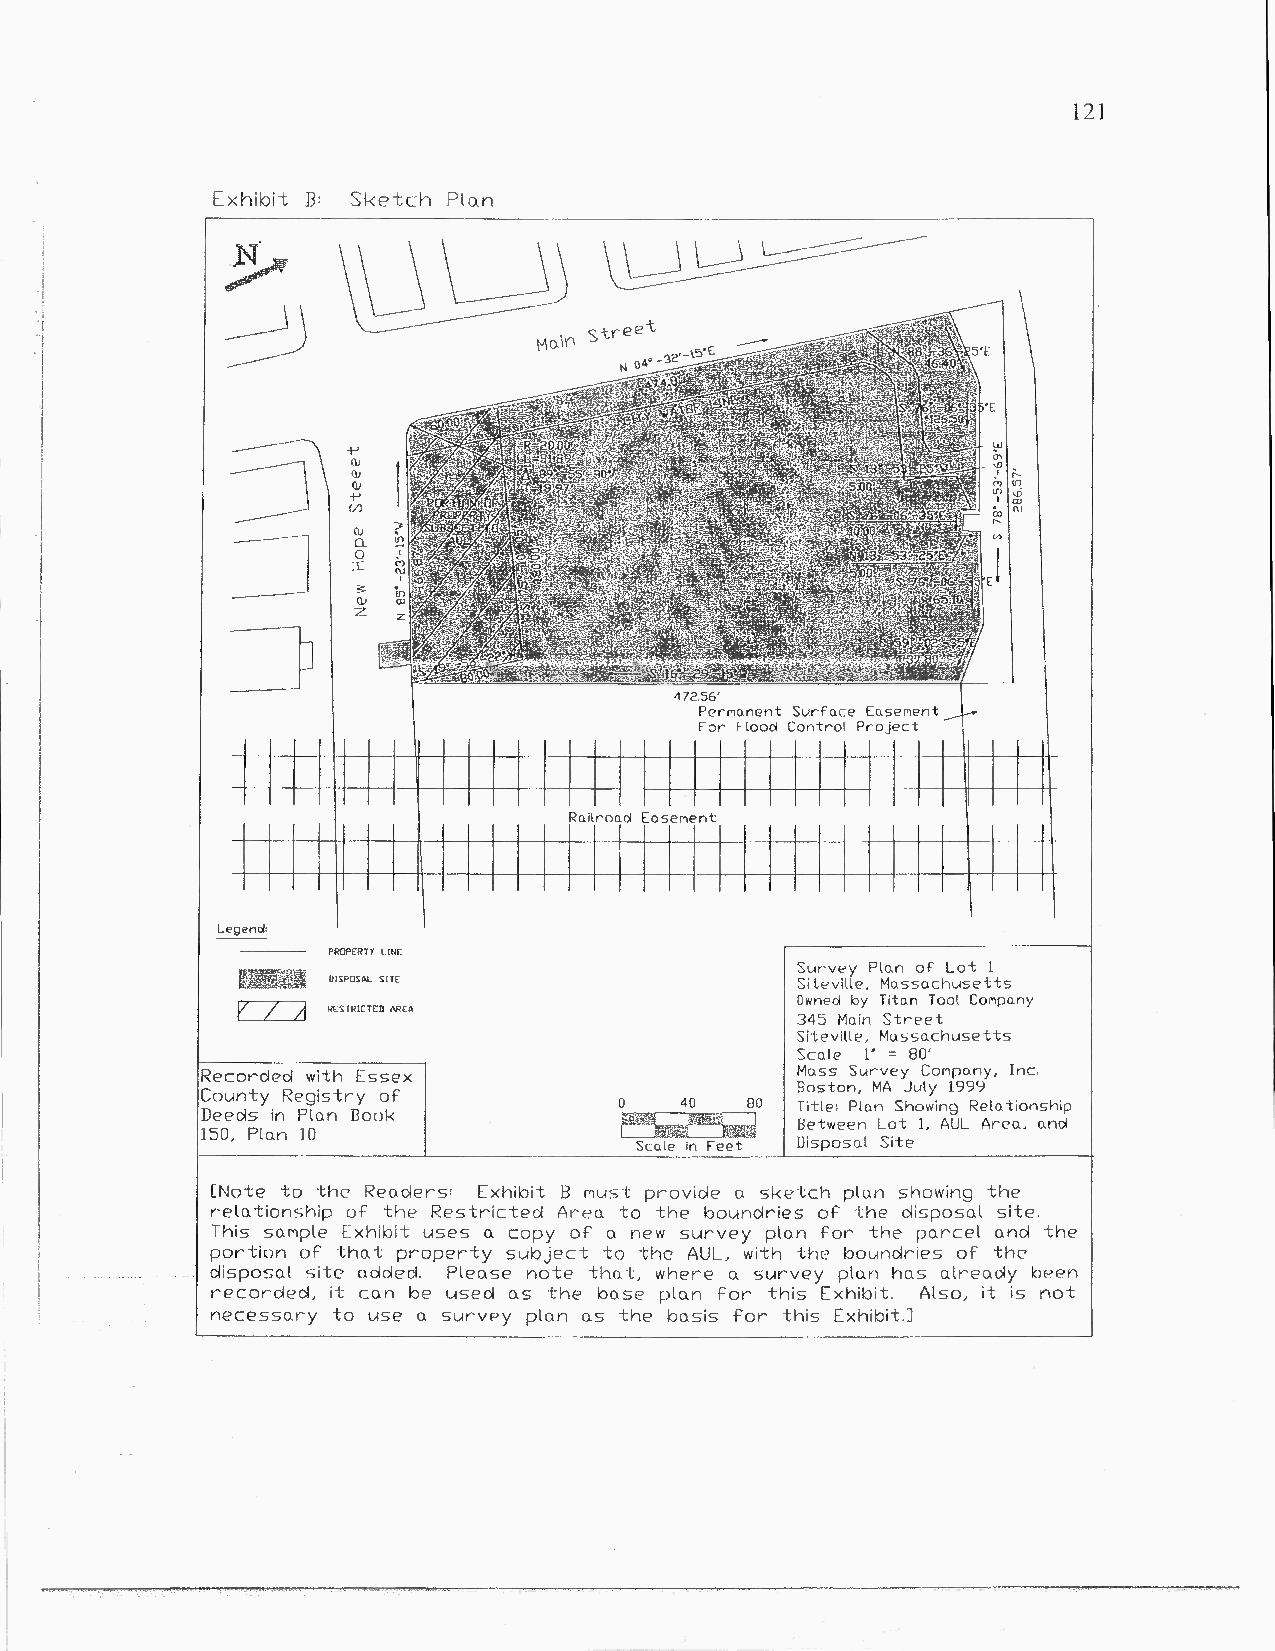
121
 Exhibit B: Sketch Plan
 Survey Plan of Lot 1
 Siteville, Massachusetts
 Owned by Titan Tool Company
 345 Main Street
 Siteville, Massachusetts
 Sca¹0e 1" = 80'
 Recorded with Essex                     Mass Survey Company, Inc.
 Boston, MA July 1999
 County Registry of
 Title: Plan Showing Relationship
 Deeds in Plan Book
 Between Lot 1, AUL Area, and
 150, Plan 10
 Disposal Site
 [Note to the Readers: Exhibit B oust provide a sketch plan showing the
 relationship of the Restricted Area to the boundries of the disposal site.
 This sample Exhibit uses a copy of a new survey plan For the parcel and the
 portion of that property subject to the AUL, with the boundries of the
 disposal site added. Please note that, where a survey plan has already been
 recorded, it can be used as the base plan For this Exhibit. Also, it is not
 necessary to use a survey plan as the basis for this Exhibit.]